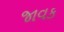
જાવક